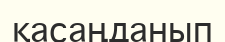
қасаңданып